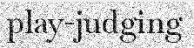
play-judging